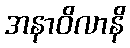
အနာဝိလာနိ